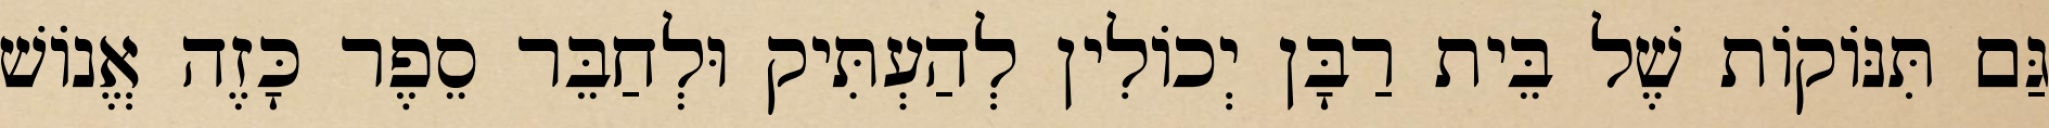
גַּם תִּנּוֹקוֹת שֶׁל בֵּית רַבָּן יְכוֹלִין לְהַעְתִּיק וּלְחַבֵּר סֵפֶר כָּזֶה אֱנוֹשׁ